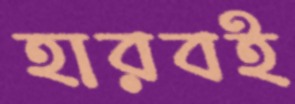
হারবই